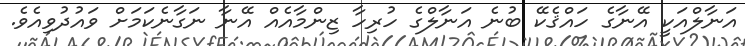
އަނާލްއަކީ އޭނާގެ ހައްޤެކޭ ބުނެ އަނާލްގެ ހުރިހާ ޒިންމާއެއް އޭނާ ނަގާނެކަމަށް ވައުދުވިއެވެ.